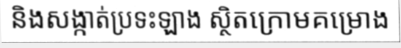
និងសង្កាត់ប្រទះឡាង ស្ថិតក្រោមគម្រោង